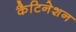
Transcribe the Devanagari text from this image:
कैटिनेशन